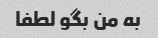
به من بگو لطفا